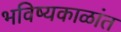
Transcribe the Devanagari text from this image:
भविष्यकाळांत